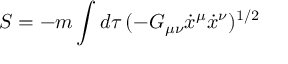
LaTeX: S = - m \int d \tau \, ( - G _ { \mu \nu } \dot { x } ^ { \mu } \dot { x } ^ { \nu } ) ^ { 1 / 2 }